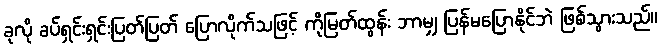
ခုလို ခပ်ရှင်းရှင်းပြတ်ပြတ် ပြောလိုက်သဖြင့် ကိုမြတ်ထွန်း ဘာမျှ ပြန်မပြောနိုင်ဘဲ ဖြစ်သွားသည်။